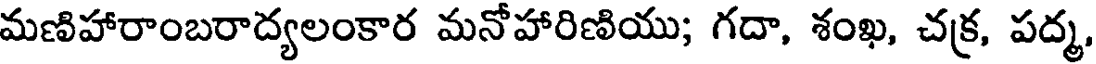
మణిహారాంబరాద్యలంకార మనోహారిణియు; గదా, శంఖ, చక్ర, పద్మ,